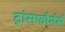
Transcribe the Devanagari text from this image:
ट्रांसफौर्मर्स